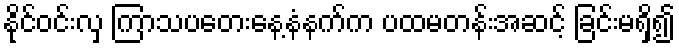
နိုင်ဝင်းလှ ကြာသပတေးနေ့နံနက်က ပထမတန်းအဆင့် ခြင်းမရှိ၍